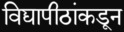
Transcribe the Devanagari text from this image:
विद्यापीठांकडून